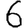
Digit: 6